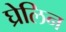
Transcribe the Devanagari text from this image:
घ्रेलिन